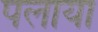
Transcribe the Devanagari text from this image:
पलाया